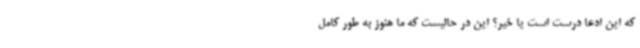
که این ادعا درست است یا خیر؟ این در حالیست که ما هنوز به طور کامل